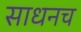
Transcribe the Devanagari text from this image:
साधनच